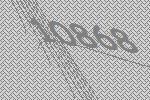
10868